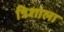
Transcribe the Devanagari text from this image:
त्रिशाला